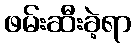
ဖမ်းဆီးခဲ့ရာ